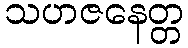
သဟဇနေတ္တ